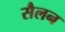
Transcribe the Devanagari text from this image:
सैलन